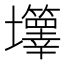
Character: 𡔄